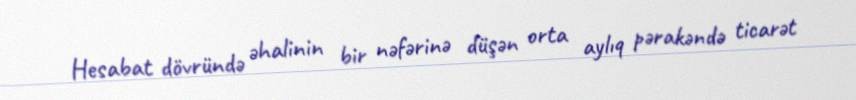
Hesabat dövründə əhalinin bir nəfərinə düşən orta aylıq pərakəndə ticarət